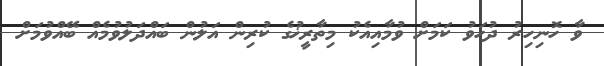
ވާ ހޮނިހިރު ދުހަވު ކަމަށް ވުމާއިއެކު މިތާރީޚުގެ ކުރިން އަލުން ބައްދަލުވުމެއް ބޭއްވުމަށް